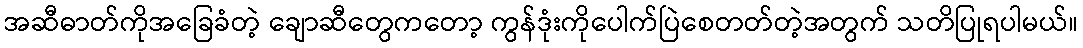
အဆီဓာတ်ကိုအခြေခံတဲ့ ချောဆီတွေကတော့ ကွန်ဒုံးကိုပေါက်ပြဲစေတတ်တဲ့အတွက် သတိပြုရပါမယ်။